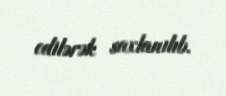
edilərək saxlanılıb.